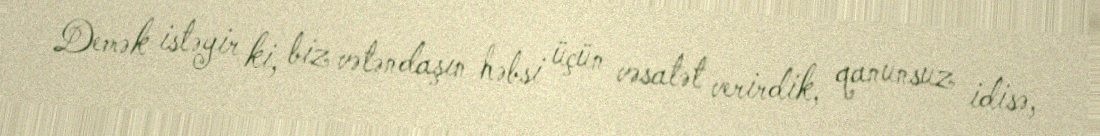
Demək istəyir ki, biz vətəndaşın həbsi üçün vəsatət verirdik, qanunsuz idisə,